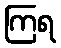
ကြရ